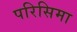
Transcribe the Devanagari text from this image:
परिसिमा